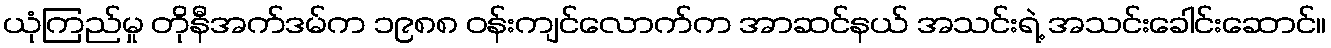
ယုံကြည်မှု တိုနီအက်ဒမ်က ၁၉၈၈ ဝန်းကျင်လောက်က အာဆင်နယ် အသင်းရဲ့ အသင်းခေါင်းဆောင်။